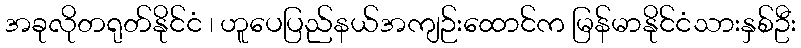
အခုလိုတရုတ်နိုင်ငံ ၊ ဟူပေပြည်နယ်အကျဉ်းထောင်က မြန်မာနိုင်ငံသားနှစ်ဦး